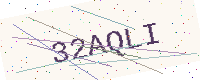
Text: 32AQLI